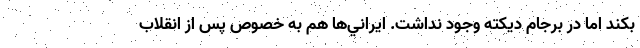
بكند اما در برجام ديكته وجود نداشت. ايراني‌ها هم به خصوص پس از انقلاب